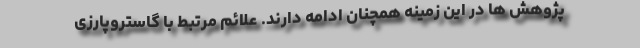
پژوهش ها در این زمینه همچنان ادامه دارند. علائم مرتبط با گاستروپارزی